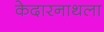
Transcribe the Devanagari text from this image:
केदारनाथला